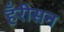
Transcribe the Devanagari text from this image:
हँरीसन